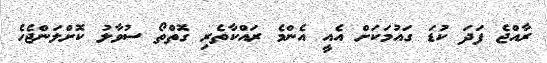
ރާއްޖެ ފަދަ ކުޑަ ގައުމަކަށް އެއީ އެންމެ ރައްކާތެރި ގޮތްތޯ ސުވާލު ކޮށްލަންޖެހެ